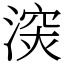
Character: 㴱